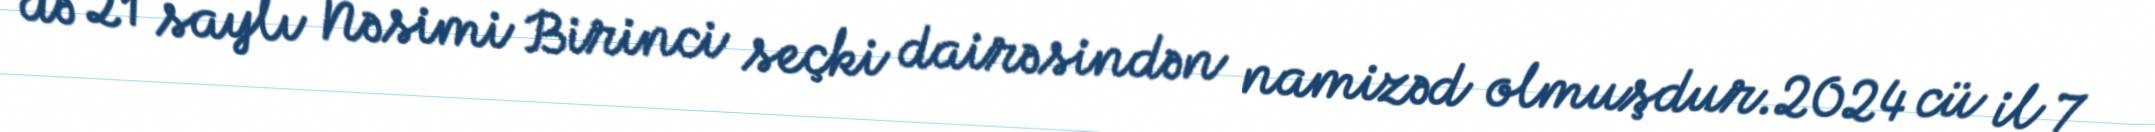
də 21 saylı Nəsimi Birinci seçki dairəsindən namizəd olmuşdur.2024 cü il 7